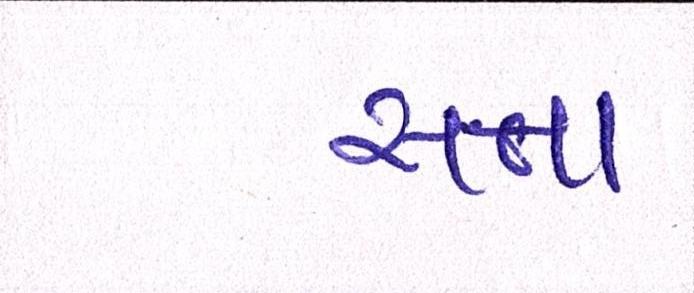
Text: સત્તા